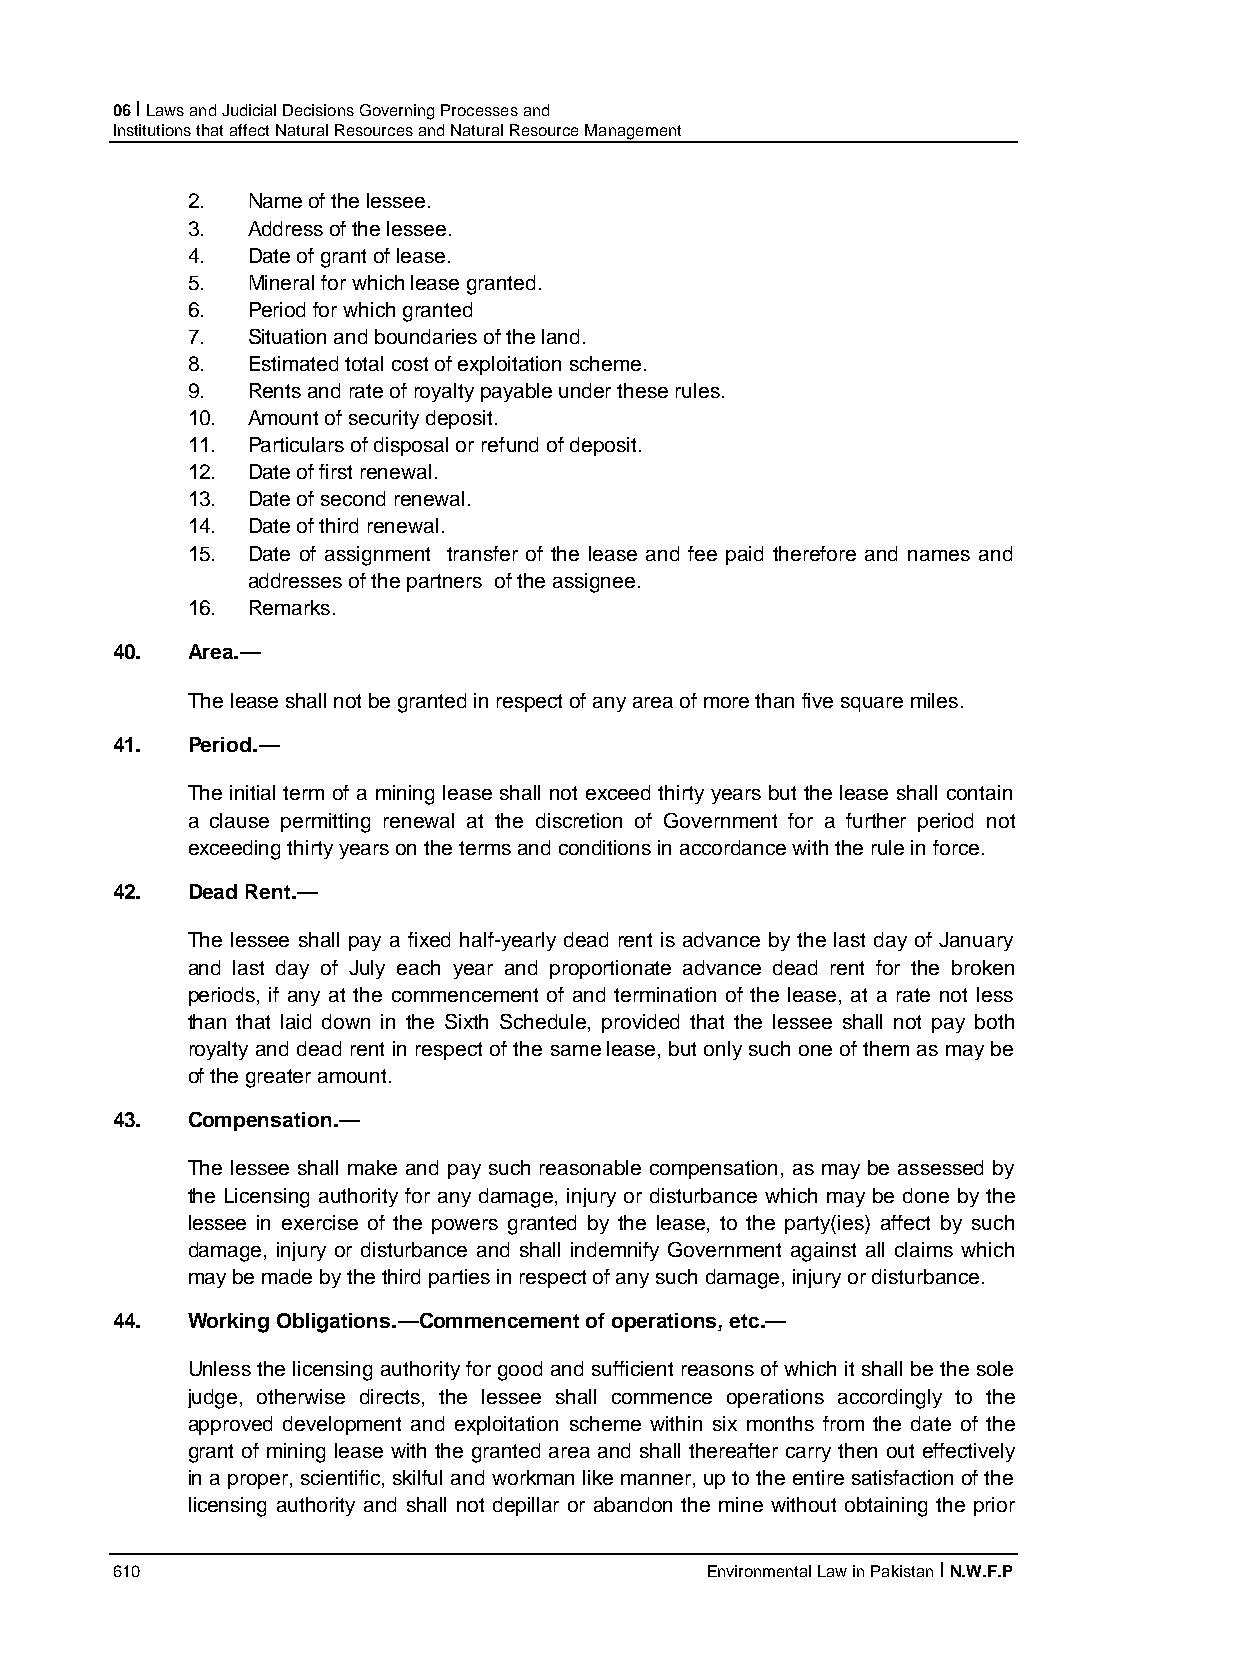
06 I Laws and Judicial Decisions Governing Processes and
 Institutions that affect Natural Resources and Natural Resource Management
 2.  Name of the lessee.
 3.  Address of the lessee.
 4.  Date of grant of lease.
 5.  Mineral for which lease granted.
 6.  Period for which granted
 7.  Situation and boundaries of the land.
 8.  Estimated total cost of exploitation scheme.
 9.  Rents and rate of royalty payable under these rules.
 10. Amount of security deposit.
 11. Particulars of disposal or refund of deposit.
 12. Date of first renewal.
 13. Date of second renewal.
 14. Date of third renewal.
 15. Date of assignment transfer of the lease and fee paid therefore and names and
 addresses of the partners of the assignee.
 16. Remarks.
 40.  Area.—
 The lease shall not be granted in respect of any area of more than five square miles.
 41.  Period.—
 The initial term of a mining lease shall not exceed thirty years but the lease shall contain
 a clause permitting renewal at the discretion of Government for a further period not
 exceeding thirty years on the terms and conditions in accordance with the rule in force.
 42.  Dead Rent.—
 The lessee shall pay a fixed half-yearly dead rent is advance by the last day of January
 and last day of July each year and proportionate advance dead rent for the broken
 periods, if any at the commencement of and termination of the lease, at a rate not less
 than that laid down in the Sixth Schedule, provided that the lessee shall not pay both
 royalty and dead rent in respect of the same lease, but only such one of them as may be
 of the greater amount.
 43.  Compensation.—
 The lessee shall make and pay such reasonable compensation, as may be assessed by
 the Licensing authority for any damage, injury or disturbance which may be done by the
 lessee in exercise of the powers granted by the lease, to the party(ies) affect by such
 damage, injury or disturbance and shall indemnify Government against all claims which
 may be made by the third parties in respect of any such damage, injury or disturbance.
 44.  Working Obligations.—Commencement of operations, etc.—
 Unless the licensing authority for good and sufficient reasons of which it shall be the sole
 judge, otherwise directs, the lessee shall commence operations accordingly to the
 approved development and exploitation scheme within six months from the date of the
 grant of mining lease with the granted area and shall thereafter carry then out effectively
 in a proper, scientific, skilful and workman like manner, up to the entire satisfaction of the
 licensing authority and shall not depillar or abandon the mine without obtaining the prior
 610                                     Environmental Law in Pakistan I N.W.F.P